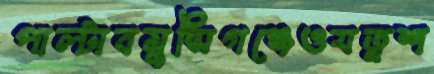
পাল্‌টাবমুন্সিগঞ্জেওযত্নশ